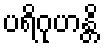
ပရိဂုဟန္တိ